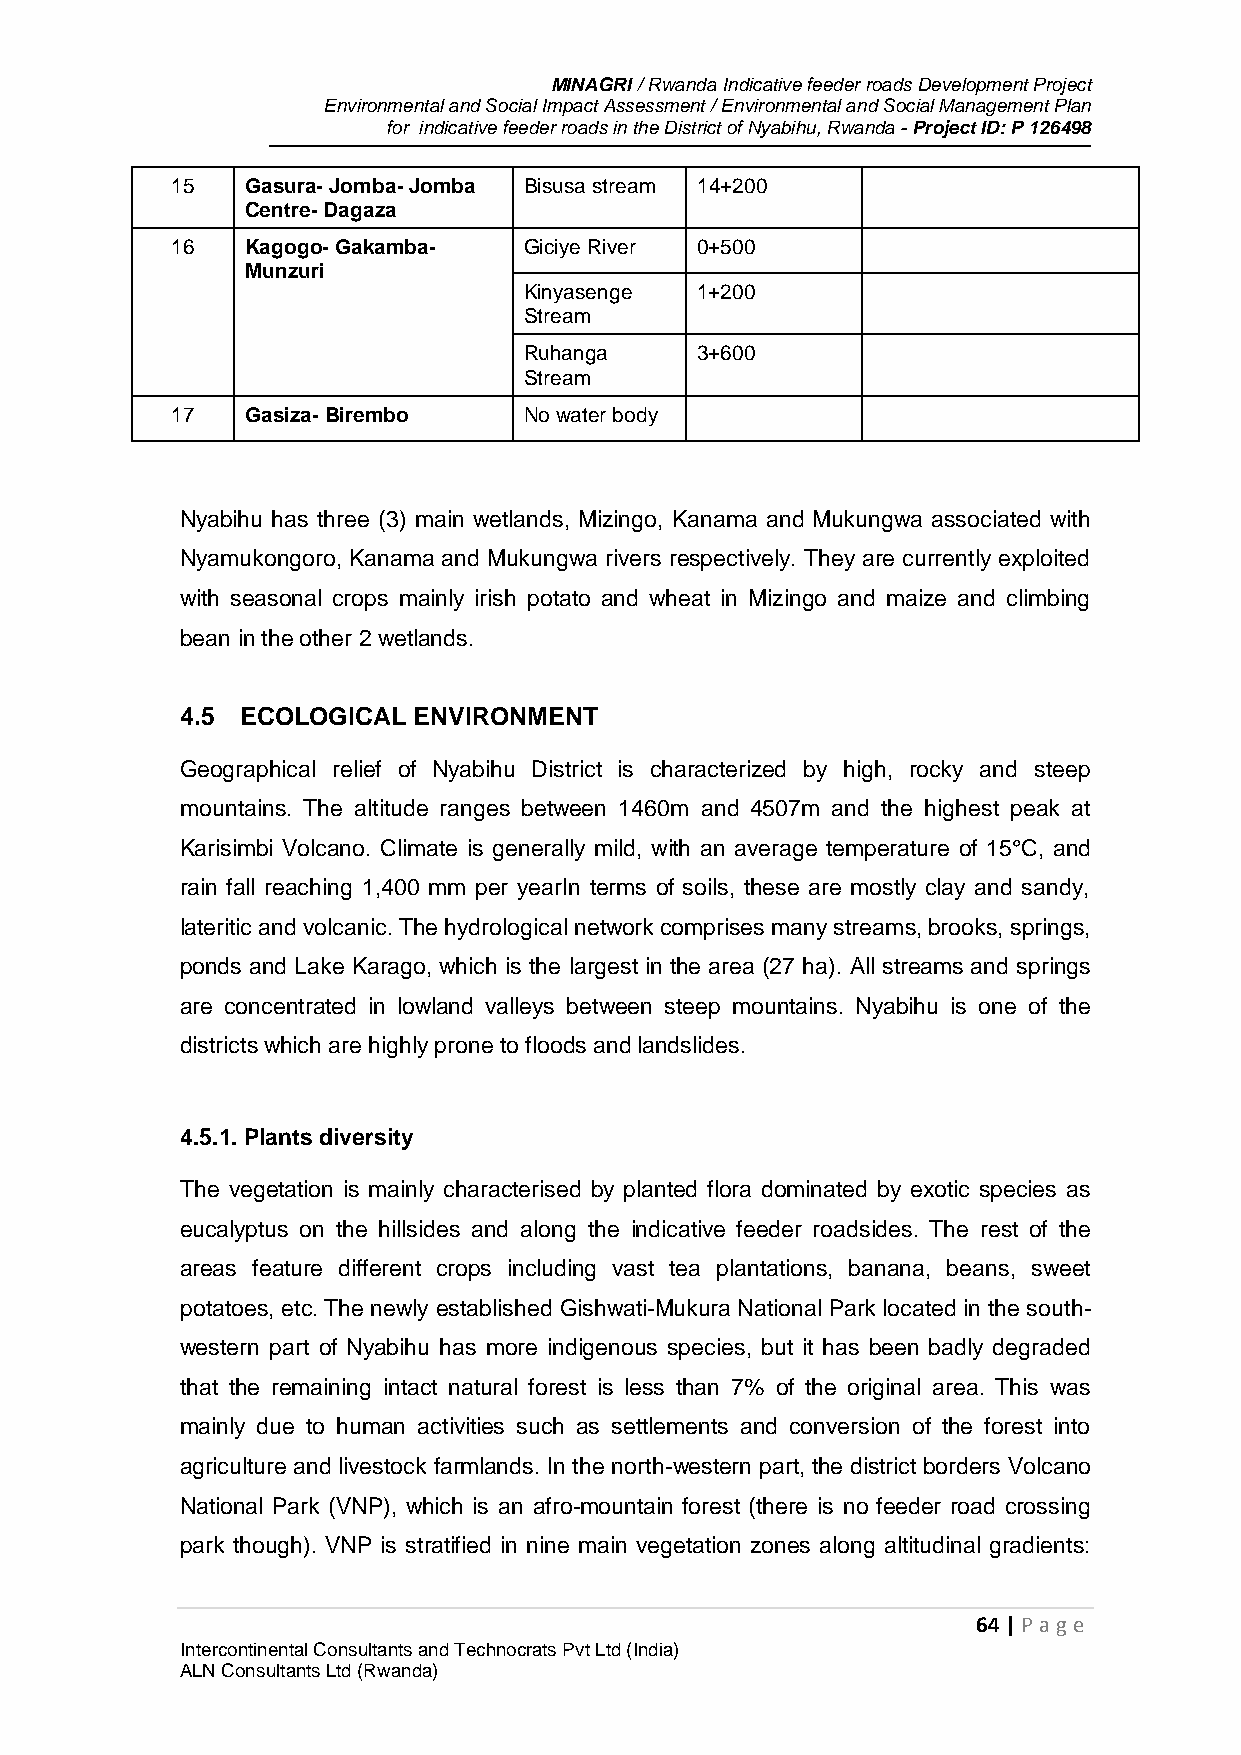
MINAGRI / Rwanda Indicative feeder roads Development Project
 Environmental and Social Impact Assessment / Environmental and Social Management Plan
 for indicative feeder roads in the District of Nyabihu, Rwanda - Project ID: P 126498
 15   Gasura- Jomba- Jomba Bisusa stream 14+200
 Centre- Dagaza
 16   Kagogo- Gakamba-   Giciye River 0+500
 Munzuri
 Kinyasenge 1+200
 Stream
 Ruhanga    3+600
 Stream
 17   Gasiza- Birembo    No water body
 Nyabihu has three (3) main wetlands, Mizingo, Kanama and Mukungwa associated with
 Nyamukongoro, Kanama and Mukungwa rivers respectively. They are currently exploited
 with seasonal crops mainly irish potato and wheat in Mizingo and maize and climbing
 bean in the other 2 wetlands.
 4.5 ECOLOGICAL ENVIRONMENT
 Geographical relief of Nyabihu District is characterized by high, rocky and steep
 mountains. The altitude ranges between 1460m and 4507m and the highest peak at
 Karisimbi Volcano. Climate is generally mild, with an average temperature of 15°C, and
 rain fall reaching 1,400 mm per yearIn terms of soils, these are mostly clay and sandy,
 lateritic and volcanic. The hydrological network comprises many streams, brooks, springs,
 ponds and Lake Karago, which is the largest in the area (27 ha). All streams and springs
 are concentrated in lowland valleys between steep mountains. Nyabihu is one of the
 districts which are highly prone to floods and landslides.
 4.5.1. Plants diversity
 The vegetation is mainly characterised by planted flora dominated by exotic species as
 eucalyptus on the hillsides and along the indicative feeder roadsides. The rest of the
 areas feature different crops including vast tea plantations, banana, beans, sweet
 potatoes, etc. The newly established Gishwati-Mukura National Park located in the south-
 western part of Nyabihu has more indigenous species, but it has been badly degraded
 that the remaining intact natural forest is less than 7% of the original area. This was
 mainly due to human activities such as settlements and conversion of the forest into
 agriculture and livestock farmlands. In the north-western part, the district borders Volcano
 National Park (VNP), which is an afro-mountain forest (there is no feeder road crossing
 park though). VNP is stratified in nine main vegetation zones along altitudinal gradients:
 64 | P age
 Intercontinental Consultants and Technocrats Pvt Ltd (India)
 ALN Consultants Ltd (Rwanda)